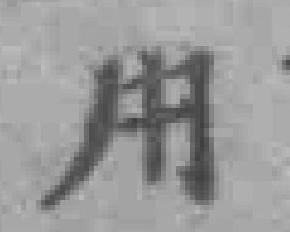
用